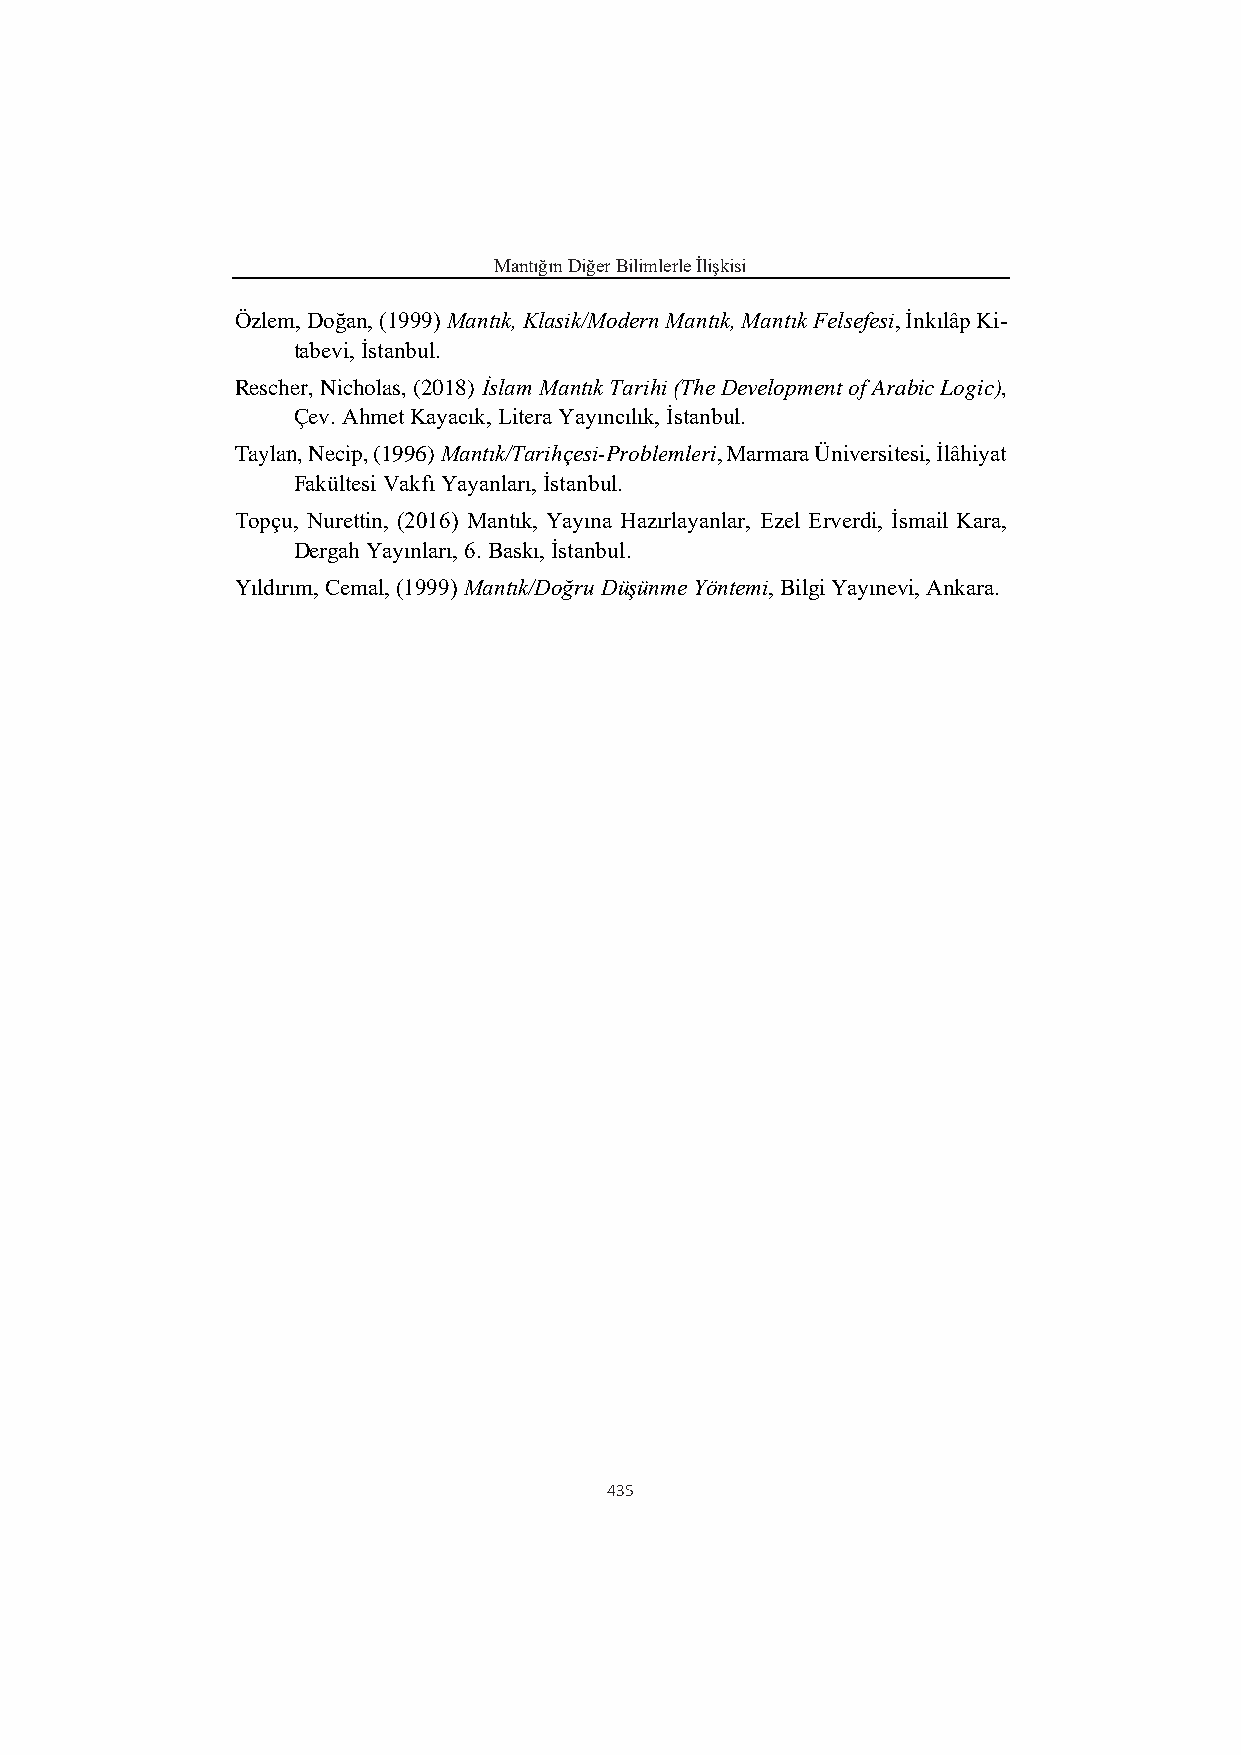
Mantığın Diğer Bilimlerle İlişkisi
 Özlem, Doğan, (1999) Mantık, Klasik/Modern Mantık, Mantık Felsefesi, İnkılâp Ki-
 tabevi, İstanbul.
 Rescher, Nicholas, (2018) İslam Mantık Tarihi (The Development of Arabic Logic),
 Çev. Ahmet Kayacık, Litera Yayıncılık, İstanbul.
 Taylan, Necip, (1996) Mantık/Tarihçesi-Problemleri, Marmara Üniversitesi, İlâhiyat
 Fakültesi Vakfı Yayanları, İstanbul.
 Topçu, Nurettin, (2016) Mantık, Yayına Hazırlayanlar, Ezel Erverdi, İsmail Kara,
 Dergah Yayınları, 6. Baskı, İstanbul.
 Yıldırım, Cemal, (1999) Mantık/Doğru Düşünme Yöntemi, Bilgi Yayınevi, Ankara.
 435